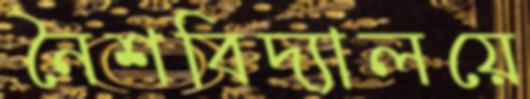
নৈশবিদ্যালয়ে